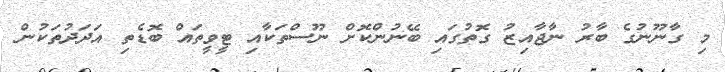
މި ގާނޫނުގެ ބާރު ނާޖާއިޒު ގޮތުގައި ބޭނުންކޮށް ނޫސްތަކާއި ޓީވީތައް ބޮޑެތި އަދަދުތަކުން